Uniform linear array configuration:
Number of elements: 32
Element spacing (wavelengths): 1
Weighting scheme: hann
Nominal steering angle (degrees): -60
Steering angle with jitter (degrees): -59.325
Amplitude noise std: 0.05
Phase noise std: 0.05

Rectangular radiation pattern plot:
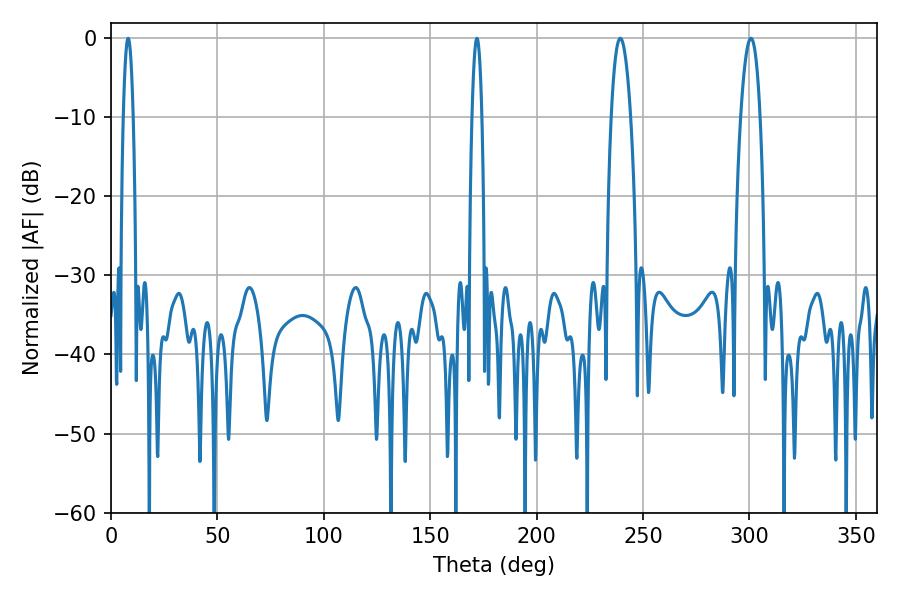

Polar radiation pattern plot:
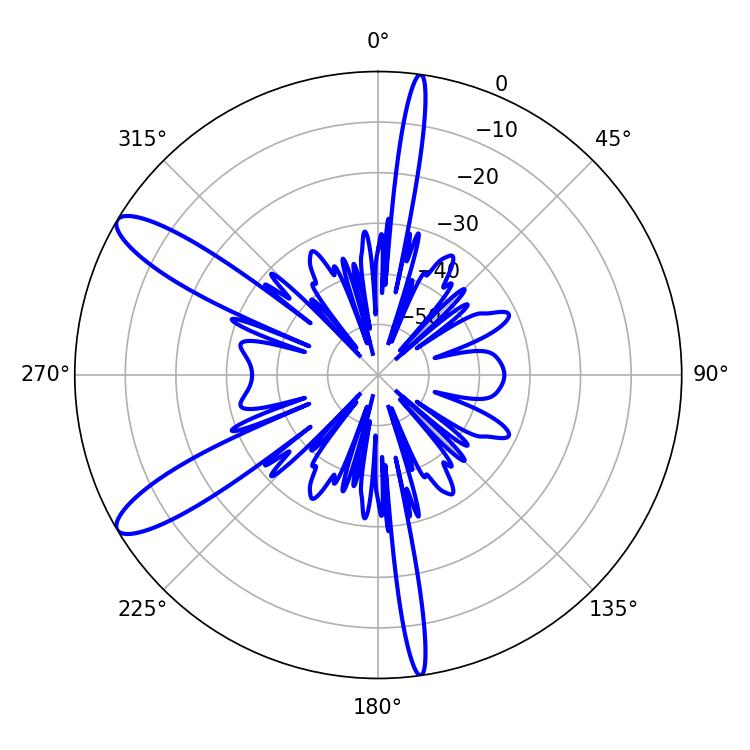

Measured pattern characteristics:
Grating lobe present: TRUE
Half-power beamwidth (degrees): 5.04
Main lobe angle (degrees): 239.22